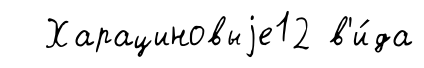
Харациновыjе12 в'и́да